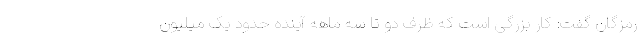
رمزگان گفت: کار بزرگی است که ظرف دو تا سه ماهه آینده حدود یک میلیون